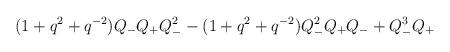
LaTeX: \begin{align*}(1+q^2 + q^{-2} ) Q_- Q_+ Q^2_- - (1 + q^2 + q^{-2} ) Q_-^2 Q_+ Q_-+ Q^3_- Q_+\end{align*}